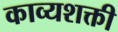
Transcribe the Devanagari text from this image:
काव्यशक्ती